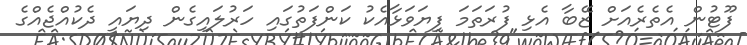
ފޫޓުން އެތެރެއަށް ޒޭބާ އެޅި ފުރަތަމަ ފިޔަވަޅާއެކު ކަންފަތުގައި ހަރުލައިގެން ދިޔައީ ދެކުއްޖެއްގެ